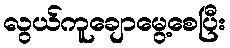
လွယ်ကူချောမွေ့စေပြီး